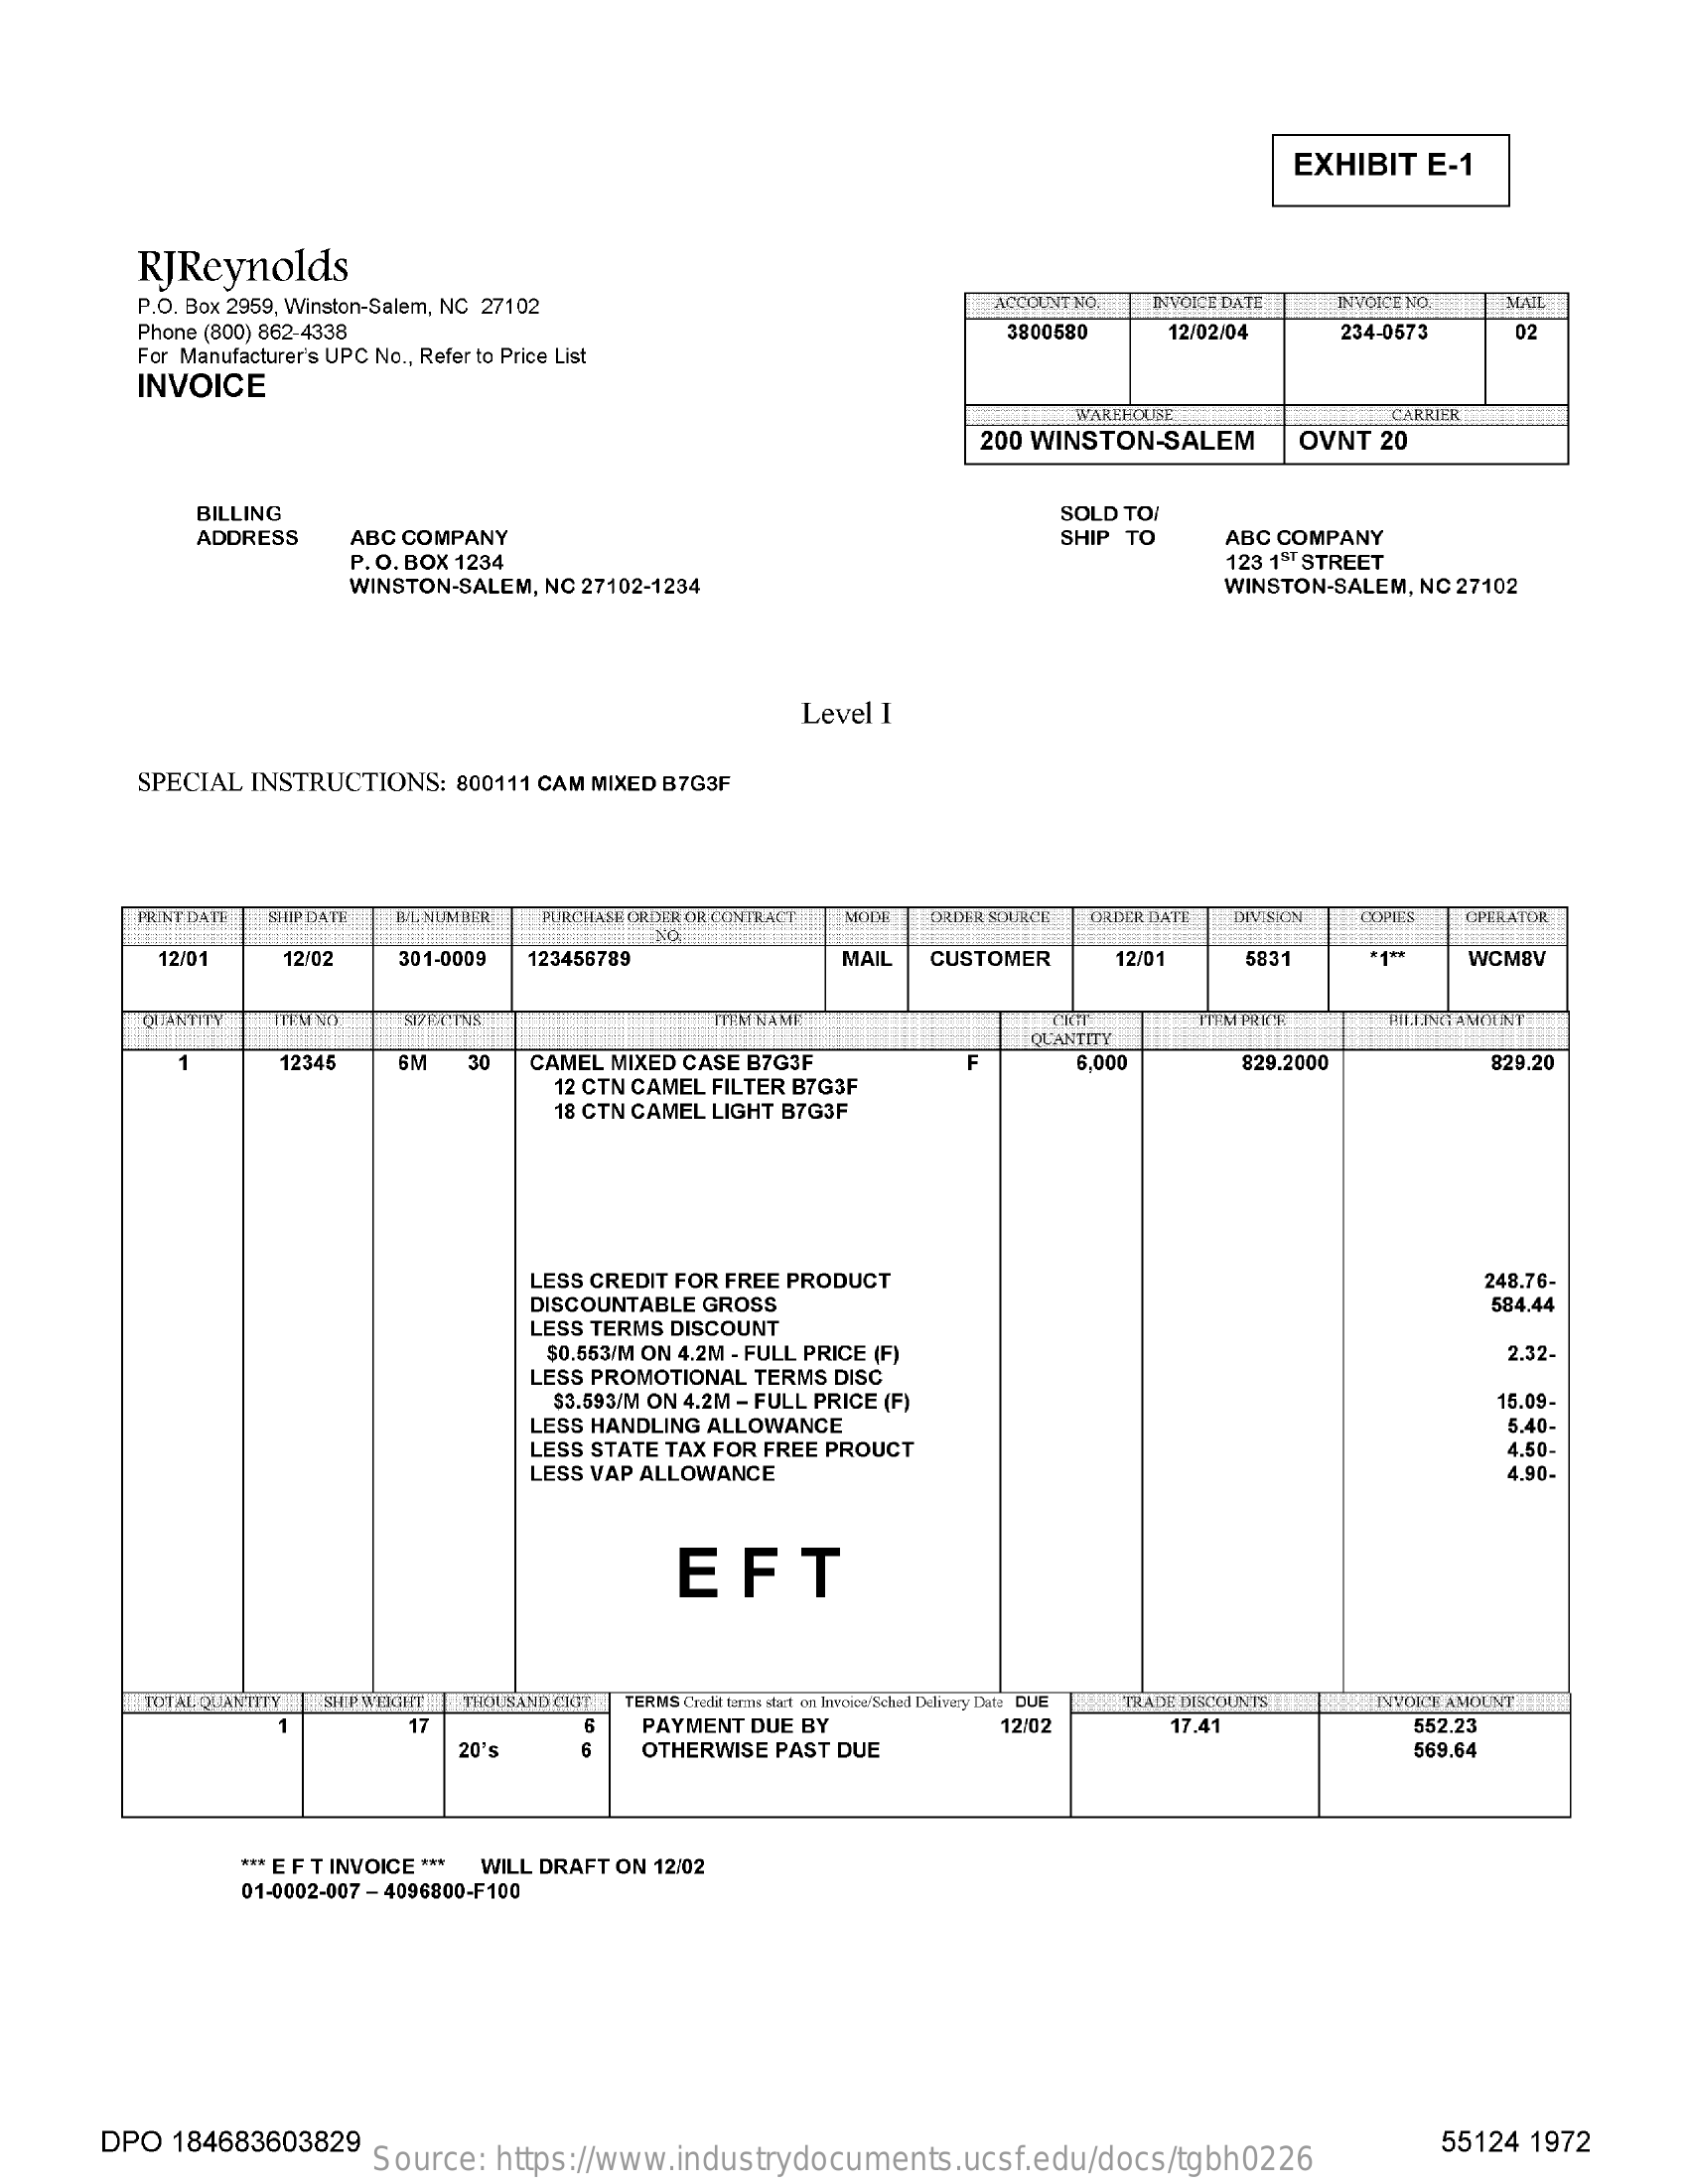
EXHIBIT    E-1
     RJReynolds
     P.O. Box 2959, Winston-Salem, NC 27102    ACCOUNT NO.  INVOICE DINTE   INVOEE NO.    MUNE
     Phone (800) 862-4338
     For Manufacturer's UPC No ., Refer to Price List
     3800580    12/02/04    234-0573    02
     INVOICE
     WAREFORISE    CARRIER
     200 WINSTON-SALEM    OVNT   20
     BILLING    SOLD  TO
     ADDRESS    ABC COMPANY    SHIP  TO    ABC COMPANY
     P. O. BOX 1234
     WINSTON-SALEM,  NC  27102-1234
     123 15" STREET
     WINSTON-SALEM,  NC 27102
     Level I
     SPECIAL  INSTRUCTIONS:    800111 CAM MIXED B7G3F
     PRINT DATI SHIPDATE   WILL NUM ILER PURCHASE ORDER OR CONTRACT MODE ORDER SOURCE ORDER DATT IXIVISION  COPIES  OPERATOR
     NO.
     12/01    12/02    301-0009   123456789    MAIL    CUSTOMER    12/01    5831    WCM8V
     CLANIITY   ITEMI NOV  SIZE4'INS.    ITEM NAME
     QUANTITY
     FAI PRKIR    FILE.INGHAMCILINY
     1    12345    SM    30   CAMEL  MIXED CASE B7G3F    F    6.000    829.2000    829.20
     12 CTN CAMEL FILTER B7G3F
     18 CTN CAMEL LIGHT B7G3F
     LESS CREDIT FOR FREE PRODUCT
     DISCOUNTABLE GROSS
     248.76-
     LESS TERMS  DISCOUNT
     584.44
     $0.553/M ON 4.2M - FULL PRICE (F)    2.32.
     LESS PROMOTIONAL   TERMS DISC
     $3.593/M ON 4.2M - FULL PRICE (F)    15.09-
     LESS HANDLING  ALLOWANCE
     LESS STATE TAX FOR FREE  PROUCT
     5.4
     LESS VAP ALLOWANCE
     4.50-
     4.90-
     EFT
     TOTAL QUANITIY SHIP WEIGHT THOUSAND CKIE TERMS Credit terms stict on Invoice'Sched Delivery Date DUE #TRADE DISCOUNTS INVOICE AMOUNT
     17    PAYMENT DUE  BY    12/02    7.41    552.23
     20's    OTHERWISE  PAST DUE    569.64
     *** E F T INVOICE *** WILL DRAFT ON 12/02
     01-0002-007 - 4096800-F100
     DPO   184683603829
     Source:   https://www.industrydocuments.ucsf.edu/docs/tgbh0226
     55124  1972